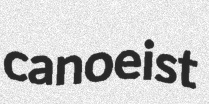
canoeist